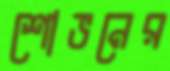
শোভনের